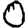
Digit: 0